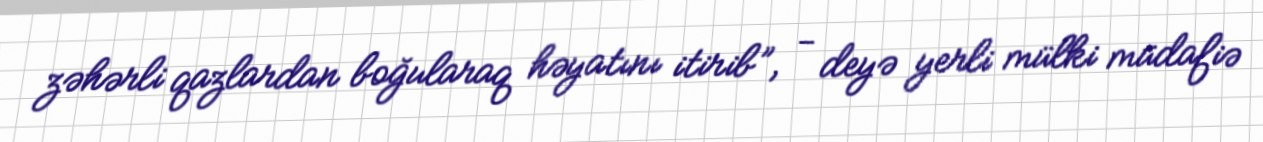
zəhərli qazlardan boğularaq həyatını itirib”, - deyə yerli mülki müdafiə